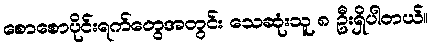
စောစောပိုင်းရက်တွေအတွင်း သေဆုံးသူ ၈ ဦးရှိပါတယ်။